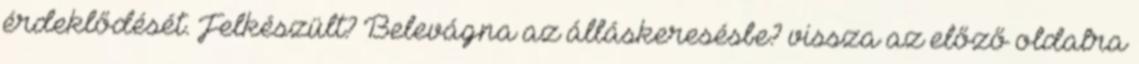
érdeklődését. Felkészült? Belevágna az álláskeresésbe? vissza az előző oldalra